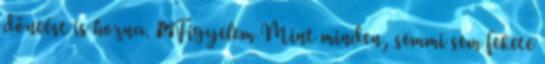
döntést is hozna. ♦Figyelem Mint minden, semmi sem fekete